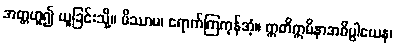
အတ္တဟူ၍ ယူခြင်းသို့။ မိဿာမ၊ ရောက်ကြကုန်အံ့။ ဣတိဣမိနာအဓိပ္ပါယေန၊